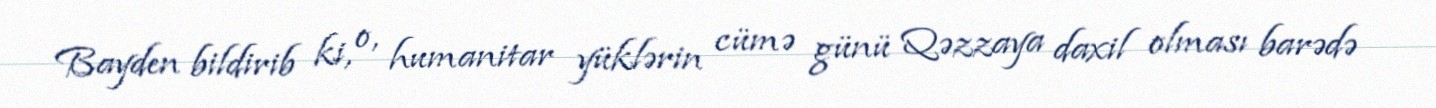
Bayden bildirib ki, o, humanitar yüklərin cümə günü Qəzzaya daxil olması barədə